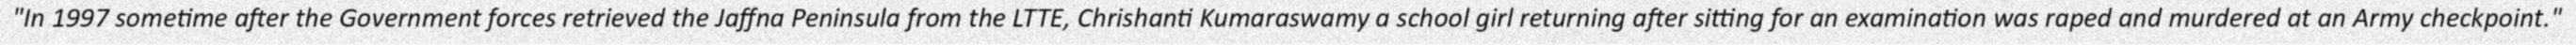
"In 1997 sometime after the Government forces retrieved the Jaffna Peninsula from the LTTE, Chrishanti Kumaraswamy a school girl returning after sitting for an examination was raped and murdered at an Army checkpoint."